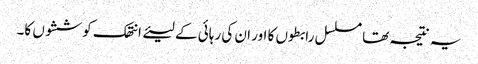
یہ نتیجہ تھا مسلسل رابطوں کا اور ان کی رہائی کے لیئے انتھک کوششوں کا۔